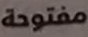
مفتوحة